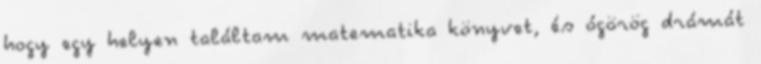
hogy egy helyen találtam matematika könyvet, és ógörög drámát